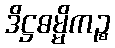
ဒိဋ္ဌဓမ္မိကဉ္စ